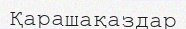
Қарашақаздар